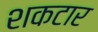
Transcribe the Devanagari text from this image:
शकटार